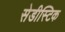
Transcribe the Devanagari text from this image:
सेडीस्टिक